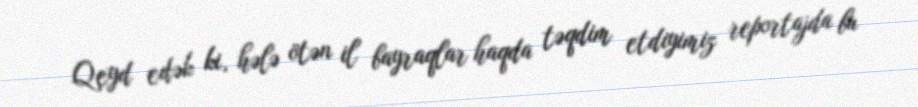
Qeyd edək ki, hələ ötən il bayraqlar haqda təqdim etdiyimiz reportajda bu